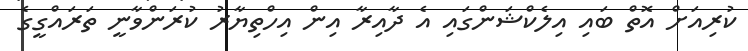
ކުރިއަށް އޮތް ބައި އިލެކްޝަންގައި އެ ދާއިރާ އިން އިހްތިޔާރު ކުރަންވާނީ ތަރައްގީގެ